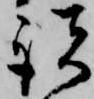
諸